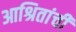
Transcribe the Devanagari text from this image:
आश्रितांची